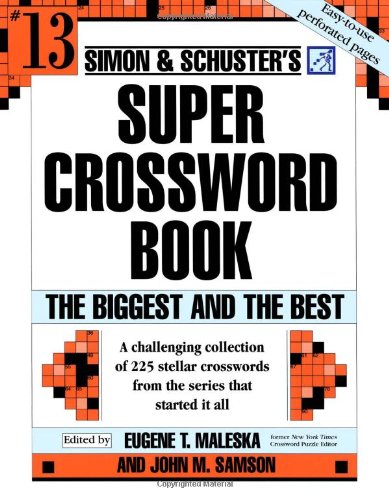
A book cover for Simon and Schuster Super Crossword Puzzle Book #13: The Biggest and the Best (Simon and Schuster's Super Crossword Puzzle Books); Humor & Entertainment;